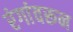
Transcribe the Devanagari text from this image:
रंगांवरून